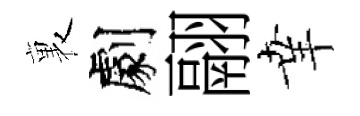
裏劇翮𦍒